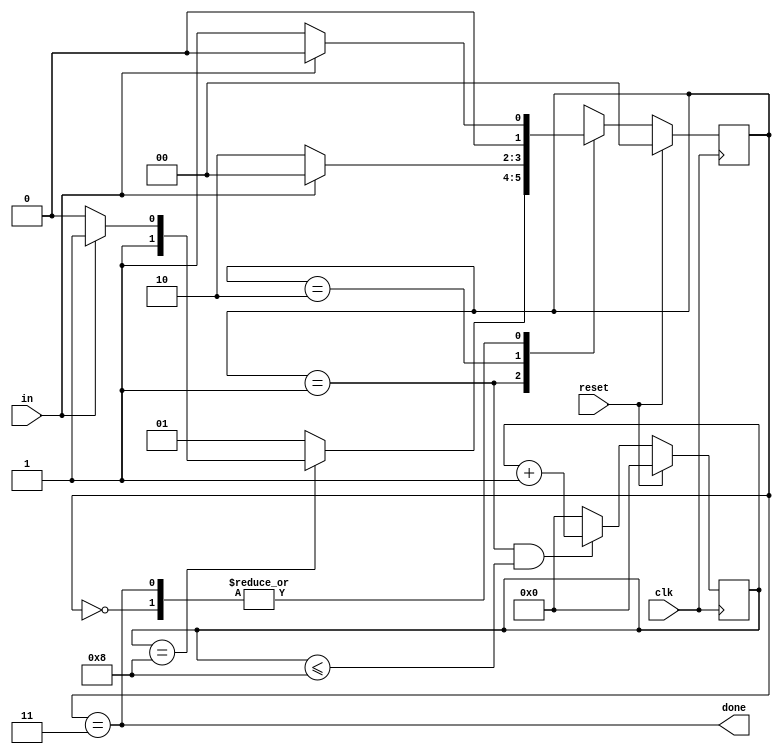
module top_module(
    input clk,
    input in,
    input reset,    // Synchronous reset
    output done
); 
    reg [3:0]cnt;
    wire  cnt_en;
    assign cnt_en=(cnt==4'd8);
    parameter   IDLE =2'b00,
                READ =2'b01,
                ERR  =2'b10,
                DONE =2'b11;

    reg    [1:0]curr_state,next_state;

    always @(posedge clk) begin
        if(reset) curr_state<=      IDLE;
        else      curr_state<=next_state;
    end
    always @(posedge clk) begin
        if(reset)                          cnt<=    4'b0;
        else if((curr_state==READ)&(cnt<=4'd8))             cnt<=cnt+1'b1;
        else                               cnt<=    4'b0;
    end

    always @(*) begin
        case(curr_state)
            IDLE :  if(in) next_state=IDLE;
                    else   next_state= READ;

            READ :  if(cnt_en) begin
                        if(in) next_state=DONE;         
                        else   next_state= ERR;
                    end 
                    else   next_state=READ;

            ERR  : next_state=      in? IDLE:  ERR;
            DONE : next_state=      in? IDLE: READ;


        endcase
    
    end
    assign done=(curr_state==DONE);



endmodule